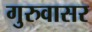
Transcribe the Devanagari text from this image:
गुरुवासर